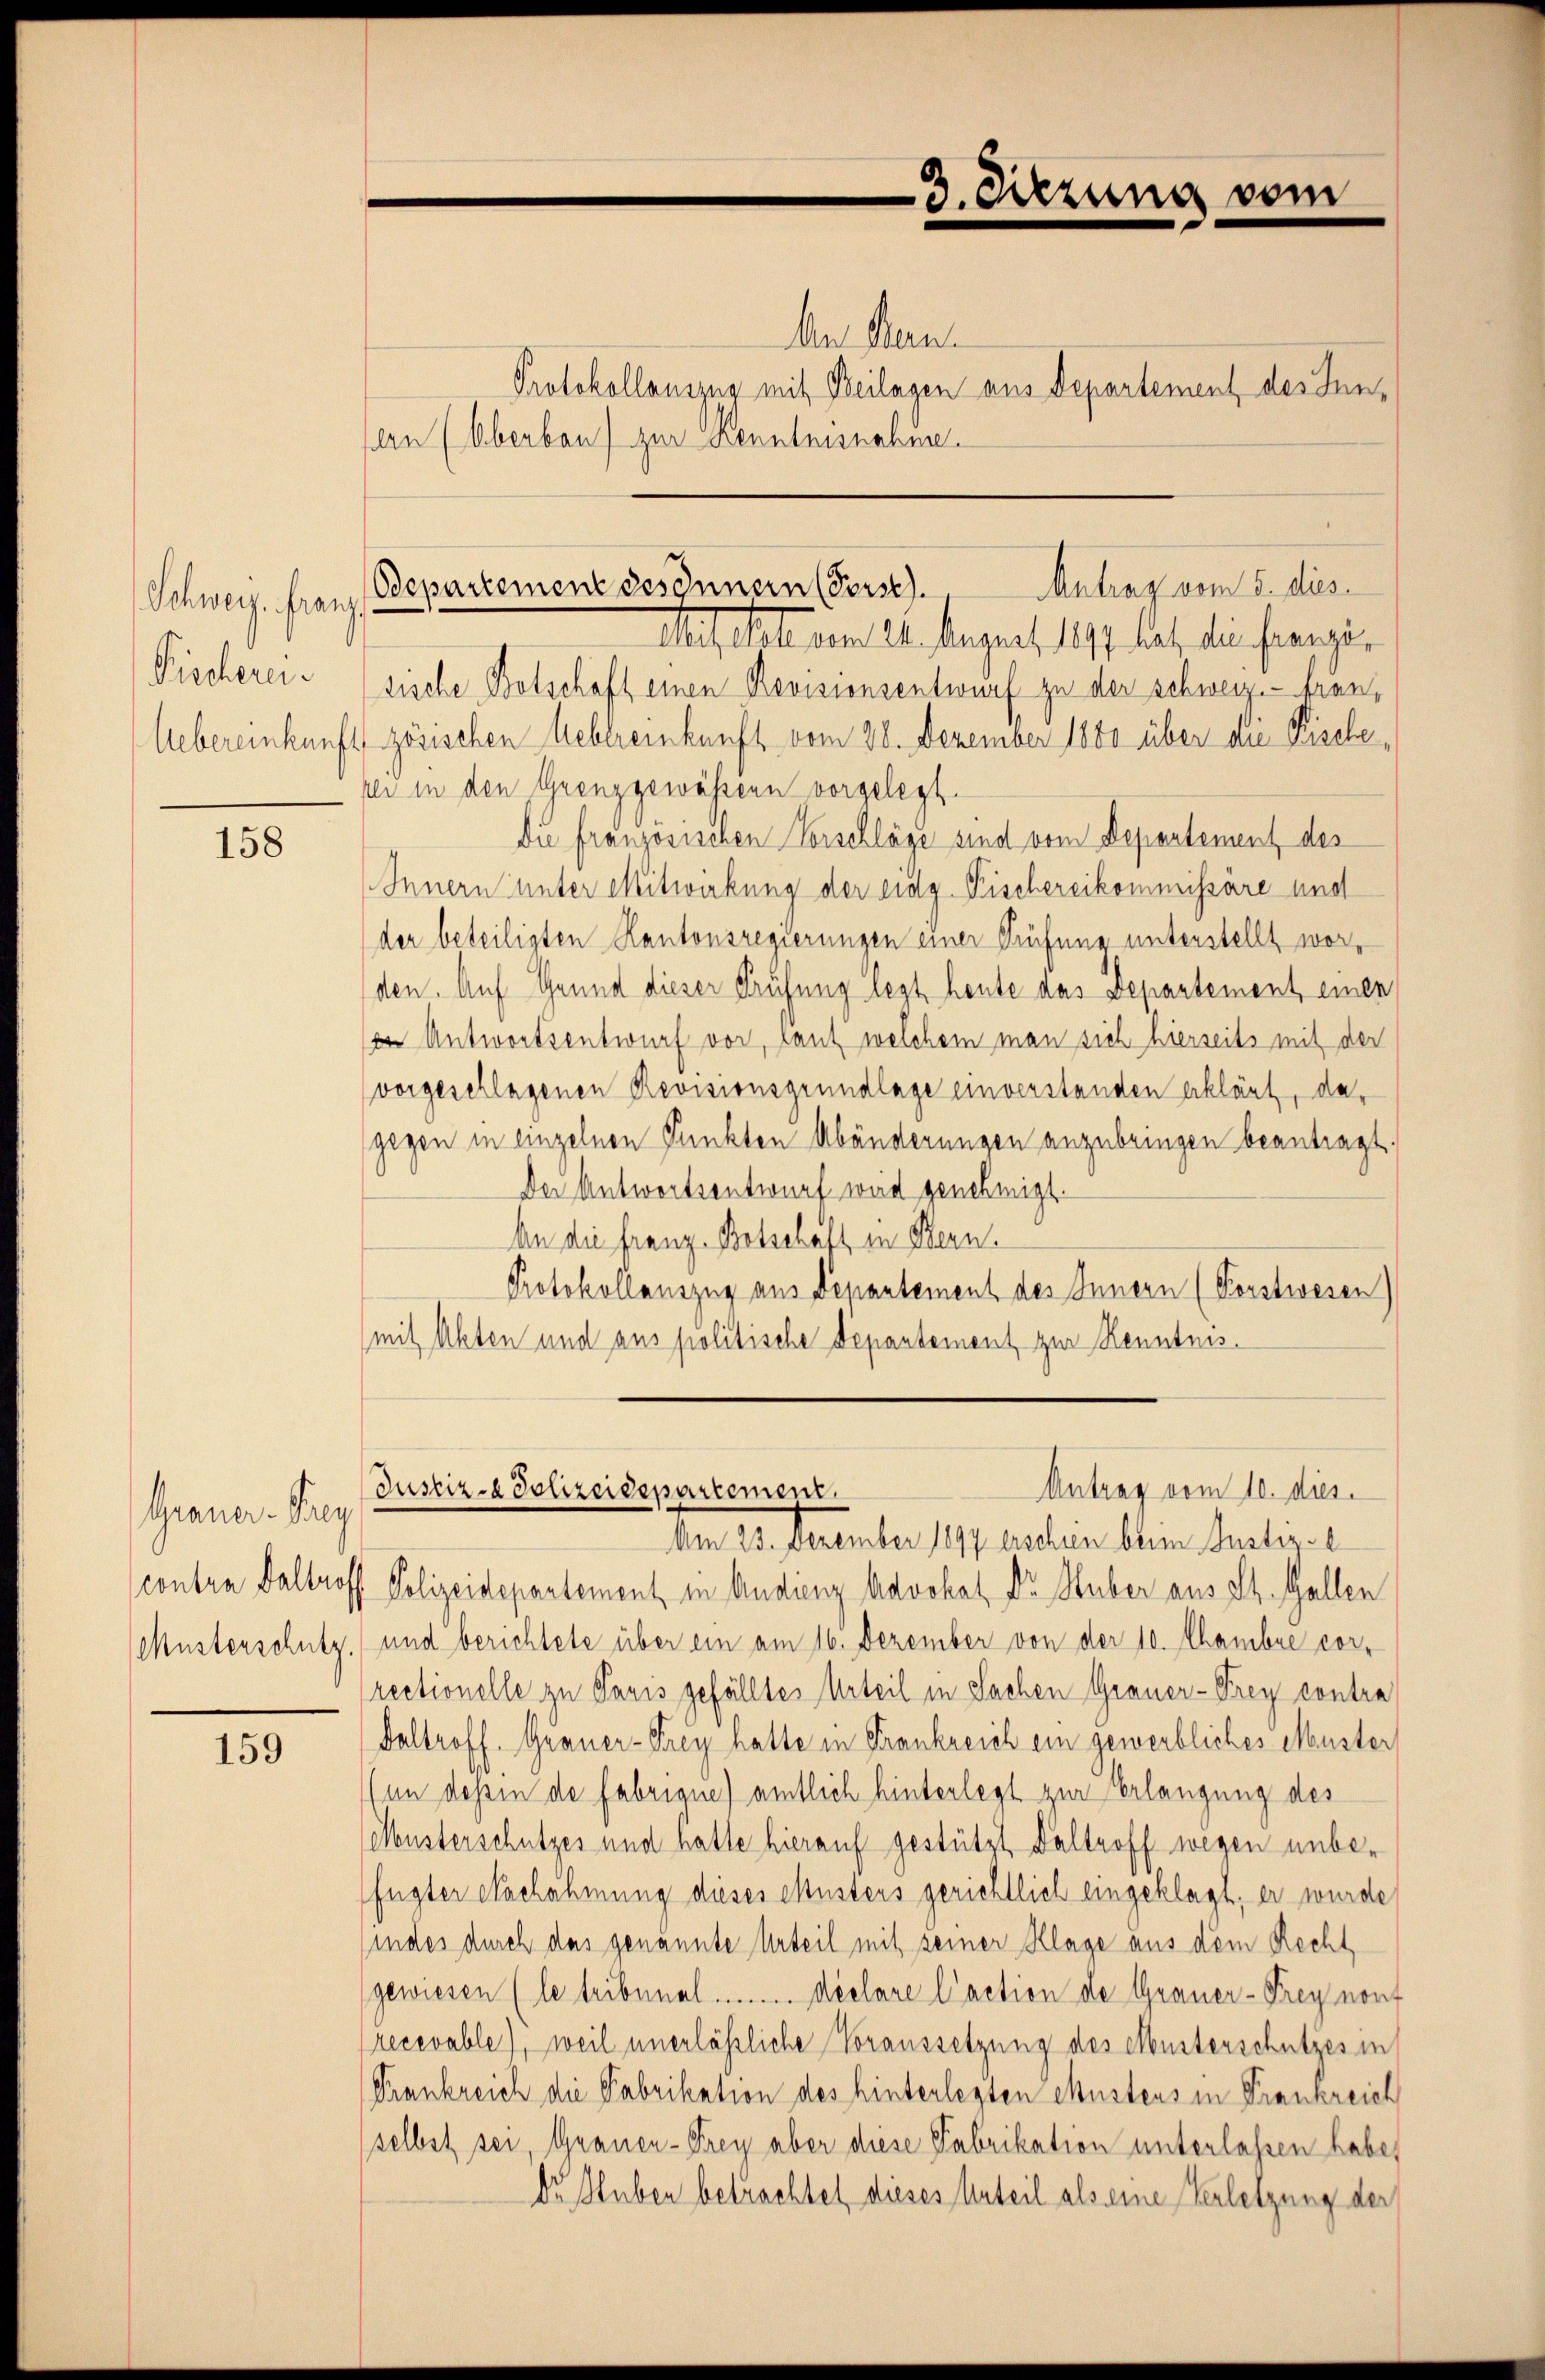
Schweiz. Franz
Pischerei

158

Graner-Prey

159

An Bern.
Protokollauszug mit Beilagen aus Departement des Inn¬
An (Oberbau) zur Kenntnisnahme.

3. Sitzung vom

Antrag vom 5. dies
Bdepartement des Innern (Forst
Mestatt vom 24. August 1871 hat die franzö¬

sische Botschaft einen Revisionsentwurf zu der Schweiz.- Fran¬
Uebereinkunft zösischen Hebereinkunft vom 28. Dezember 1880 über die Fische,
rei in den Grenzgewässern vorgelegt.
Die französischen Vorschläge sind vom Departement des
Innern unter Mitwirkung der eidg. Fischereikommissäre und
der beteiligten Kantonsregierungen einer Prüfung unterstellt worden. Auf Grund dieser Prüfung legt heute aus Departement einen
in Antwortsentwurf vor, laut welchem man sich hierseits mit der
vorgeschlagenen Revisionsgrundlage einverstanden erklärt, dagegen in einzelnen Punkten Abänderungen anzubringen beantragt.
Der Antwortsentwurf wird genehmigt.
An die Franz Botschaft in Bern.
Protokollauszug aus Depantement des Innern (Porstwesen)
mit Akten und aus politische Departement zur Kenntnis¬

Justiz- & Polizeidepartement.
Antrag vom 10. dies

Am 23. Dezember 1897 erschien beim Justiz-
contra Baltroff Polizeidepartement in Audienz Advokat Dr. Huber aus St. Gallen
Musterschutz, und berichtete über ein am 16. Dezember von der 10. Chambre correctionelle zu Paris gefälltes Urteil in Sachen Grauer-Frey contra
Daltroff. Graner-Frey hatte in Frankreich ein gewerbliches Muster
(in dessin de fabrique) amtlich hinterlegt zur Erlangung des
Musterschutzes und hatte hierauf gestützt, Daltroff wegen unbefügter Nachahmung dieses Musters gerichtlich eingeklagt, er wurde
indes durch das genannte Urteil mit seiner Klage aus dem Recht
gewiesen (le tribunal ......... declare l’action de Grauer-Frey nouf
recevable), weil unerläßliche Voraussetzung des etbesterschutzes in
Trankreich die Fabrikation des hinterlegten Chustens in Frankreich
selbst sei, Grauen-Frey aber diese Fabrikation unterlassen habe,
Dr. Huber betrachtet dieses Urteil als eine Verletzung der